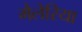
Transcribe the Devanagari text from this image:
मैलेरिया